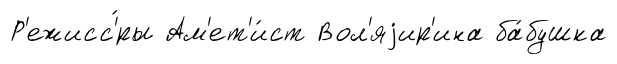
Р'ежисс'́ры Ам'ет'и́ст Вол'яjир'ина ба́бушка